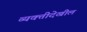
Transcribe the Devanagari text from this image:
व्यक्तीदेखील